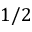
1 / 2